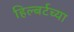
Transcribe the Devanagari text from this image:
हिल्बर्टच्या